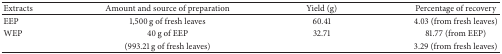
<table><thead><tr><td><b>Extracts</b></td><td><b>Amount and source of preparation</b></td><td><b>Yield (g)</b></td><td><b>Percentage of recovery</b></td></tr></thead><tbody><tr><td>EEP</td><td>1,500 g of fresh leaves</td><td>60.41</td><td>4.03 (from fresh leaves)</td></tr><tr><td>WEP</td><td>40 g of EEP</td><td>32.71</td><td>81.77 (from EEP)</td></tr><tr><td> </td><td>(993.21 g of fresh leaves)</td><td> </td><td>3.29 (from fresh leaves)</td></tr></tbody></table>